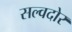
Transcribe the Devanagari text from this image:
सल्वदोर